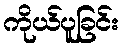
ကိုယ်ပူခြင်း